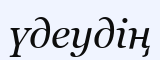
үдеудің